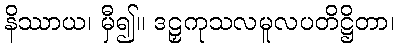
နိဿာယ၊ မှီ၍။ ဒဠှကုသလမူလပတိဋ္ဌိတာ၊